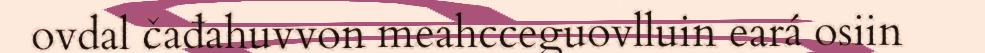
ovdal čađahuvvon meahcceguovlluin eará osiin